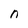
Character: n